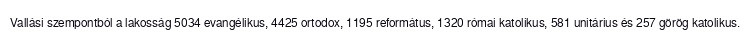
Vallási szempontból a lakosság 5034 evangélikus, 4425 ortodox, 1195 református, 1320 római katolikus, 581 unitárius és 257 görög katolikus.